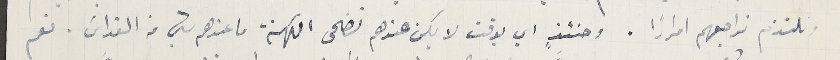
ونلتزم نراجعهم امرارًا. وحنئذٍ اي بوقت لا يكن عندهم تضحى الكهنة ما عندهم شيء من القداس. نعم